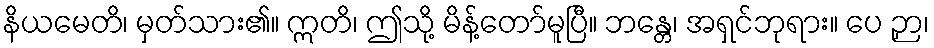
နိယမေတိ၊ မှတ်သား၏။ ဣတိ၊ ဤသို့ မိန့်တော်မူပြီ။ ဘန္တေ၊ အရှင်ဘုရား။ ပေ ဉှာ၊